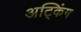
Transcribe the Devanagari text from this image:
अट्किंग